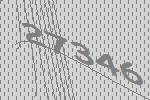
27346